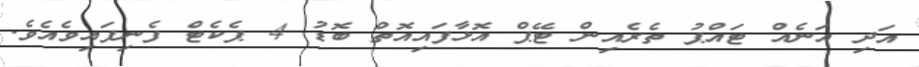
އަދި އަނެއް ޓައްޕު ތެރެއިން ޓޭޕް އޮޅާފައިއޮތް ބޮޑު 4 ޕެކެޓް ފެނިފައިވެއެވެ.